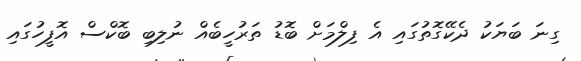
ގިނަ ބަޔަކު ދެކޭގޮތުގައި އެ ފިލްމަށް ބޮޑު ތަރުހީބެއް ނުލިބި ބޮކްސް އޮފީހުގައި